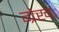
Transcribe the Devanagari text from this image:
ग्रेख